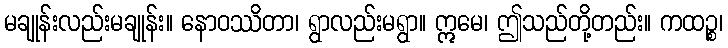
မချုန်းလည်းမချုန်း။ နောဝဿိတာ၊ ရွာလည်းမရွာ။ ဣမေ၊ ဤသည်တို့တည်း။ ကထဉ္စ၊